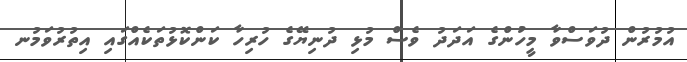
އުމުރުން ދުވަސްވާ މީހުންގެ އަދަދު ވެސް މުޅި ދުނިޔޭގެ ހުރިހާ ކަންކޮޅުތަކެއްގައި އިތުރުވަމުނ